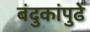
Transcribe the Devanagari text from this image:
बंदुकांपुढे